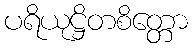
ပရိယုဋ္ဌိတစိတ္တော